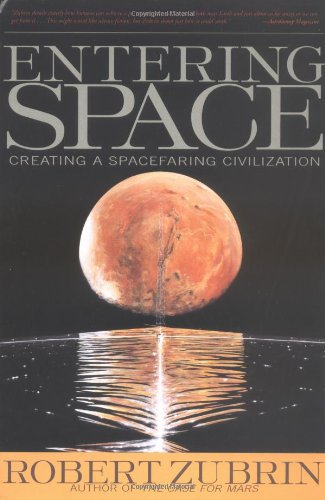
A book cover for Entering Space: Creating a Spacefaring Civilization; Robert Zubrin; Science & Math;